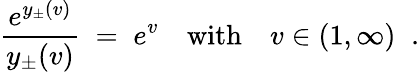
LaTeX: \frac{e^{y_{\pm}(v)}}{y_{\pm}(v)}\; =\; e^{v}\quad\textrm{with}\quad v\in(1,\infty)\; \; .